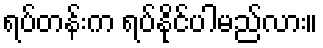
ရပ်တန်းက ရပ်နိုင်ပါမည်လား။